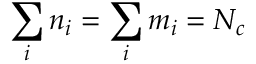
\sum _ { i } n _ { i } = \sum _ { i } m _ { i } = N _ { c }